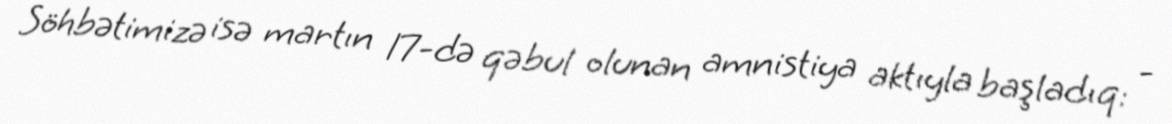
Söhbətimizə isə martın 17-də qəbul olunan amnistiya aktıyla başladıq: -